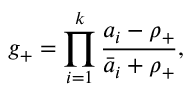
g _ { + } = \prod _ { i = 1 } ^ { k } \frac { a _ { i } - \rho _ { + } } { \bar { a } _ { i } + \rho _ { + } } ,